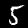
Label: 5